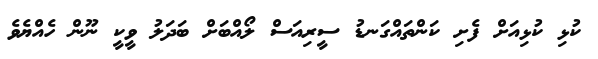
ކުޅި ކުޅިއަށް ފެށި ކަންތައްގަނޑު ސީރިއަސް ލޯއްބަށް ބަދަލު ވީކީ ނޫން ހެއްޔެވެ